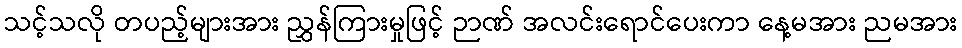
သင့်သလို တပည့်များအား ညွှန်ကြားမှုဖြင့် ဉာဏ် အလင်းရောင်ပေးကာ နေ့မအား ညမအား